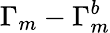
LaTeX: \Gamma_{m}-\Gamma_{m}^{b}